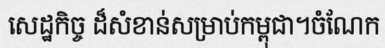
សេដ្ឋកិច្ច ដ៏សំខាន់សម្រាប់កម្ពុជា។ចំណែក